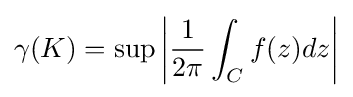
\gamma (K)=\sup \left|{\frac {1}{2\pi }}\int _{C}f(z)dz\right|